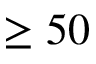
\geq 5 0